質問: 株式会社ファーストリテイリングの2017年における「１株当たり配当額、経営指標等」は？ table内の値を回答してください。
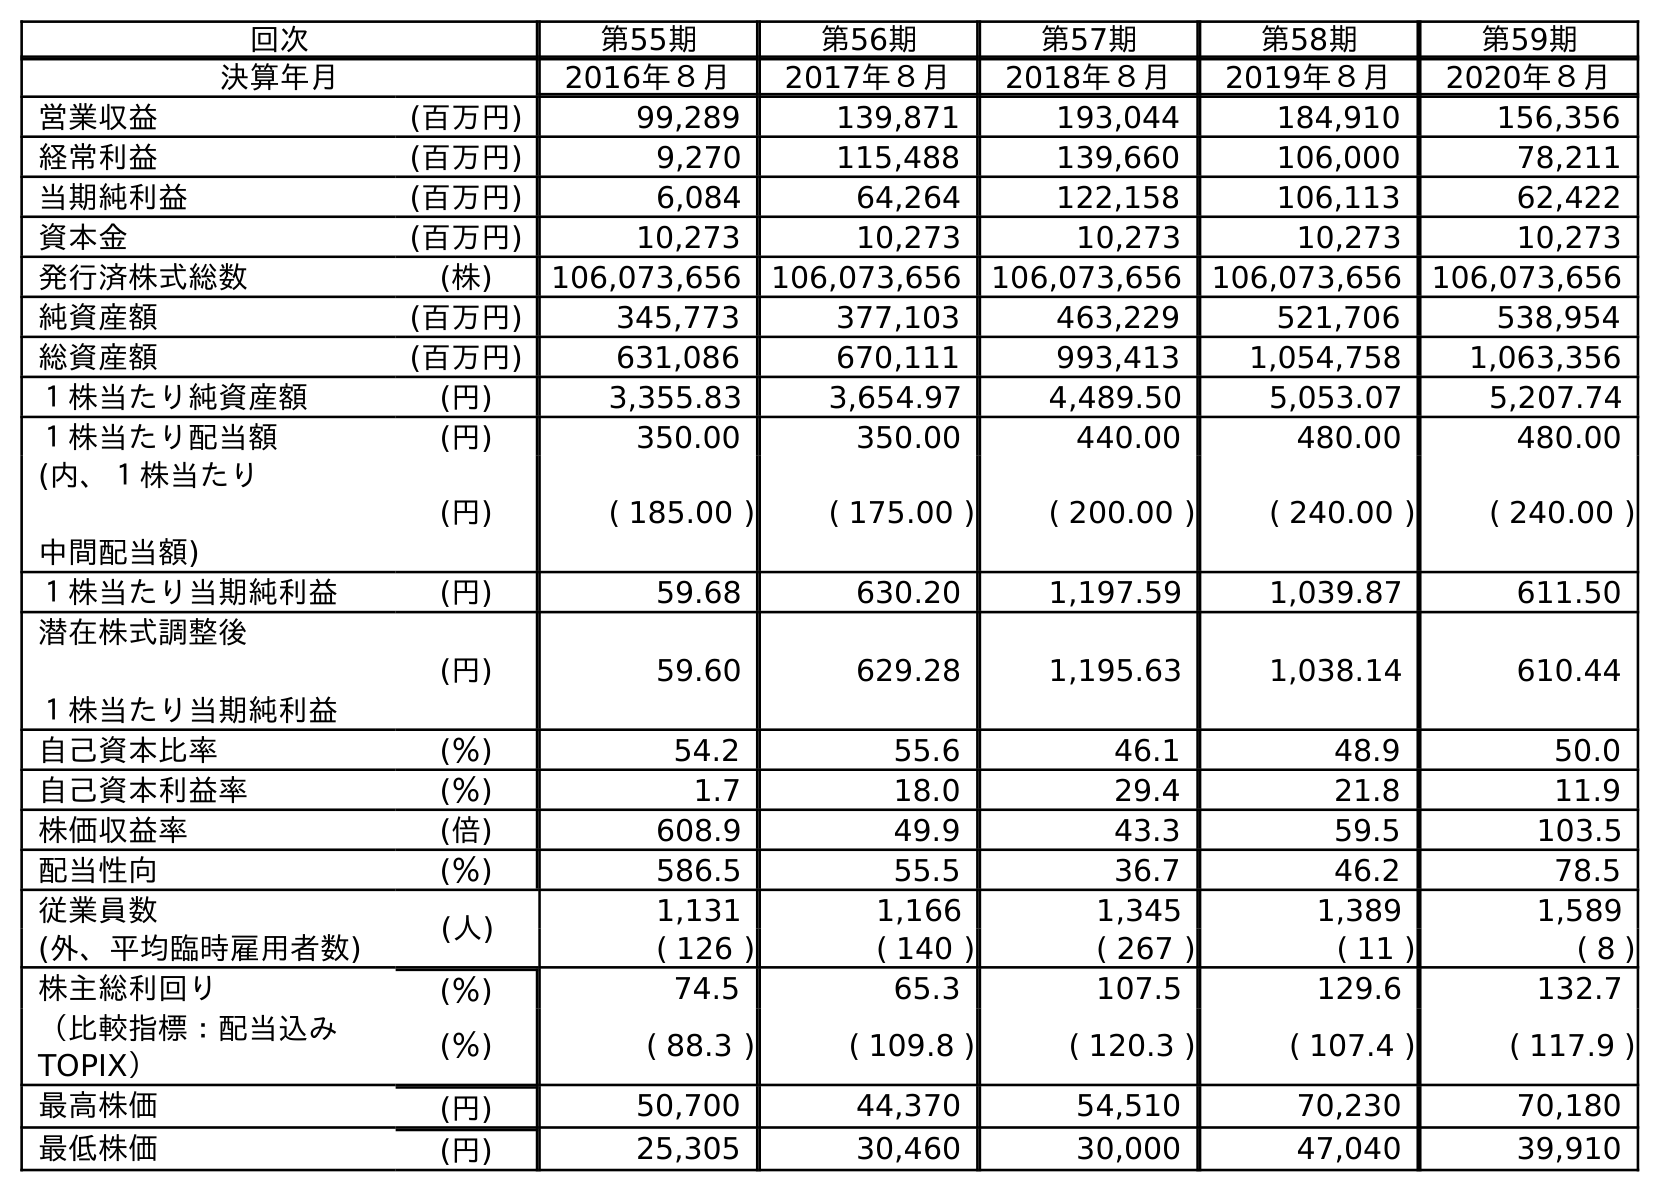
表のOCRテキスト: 回次 第55期 第56期 第57期 第58期 第59期 決算年月 2016年８月 2017年８月 2018年８月 2019年８月 2020年８月 営業収益 (百万円) 99,289 139,871 193,044 184,910 156,356 経常利益 (百万円) 9,270 115,488 139,660 106,000 78,211 当期純利益 (百万円) 6,084 64,264 122,158 106,113 62,422 資本金 (百万円) 10,273 10,273 10,273 10,273 10,273 発行済株式総数 (株) 106,073,656 106,073,656 106,073,656 106,073,656 106,073,656 純資産額 (百万円) 345,773 377,103 463,229 521,706 538,954 総資産額 (百万円) 631,086 670,111 993,413 1,054,758 1,063,356 １株当たり純資産額 (円) 3,355.83 3,654.97 4,489.50 5,053.07 5,207.74 １株当たり配当額 (円) 350.00 350.00 440.00 480.00 480.00 (内、１株当たり 中間配当額) (円) ( 185.00 ) ( 175.00 ) ( 200.00 ) ( 240.00 ) ( 240.00 ) １株当たり当期純利益 (円) 59.68 630.20 1,197.59 1,039.87 611.50 潜在株式調整後 １株当たり当期純利益 (円) 59.60 629.28 1,195.63 1,038.14 610.44 自己資本比率 (％) 54.2 55.6 46.1 48.9 50.0 自己資本利益率 (％) 1.7 18.0 29.4 21.8 11.9 株価収益率 (倍) 608.9 49.9 43.3 59.5 103.5 配当性向 (％) 586.5 55.5 36.7 46.2 78.5 従業員数 (人) 1,131 1,166 1,345 1,389 1,589 (外、平均臨時雇用者数) ( 126 ) ( 140 ) ( 267 ) ( 11 ) ( 8 ) 株主総利回り (％) 74.5 65.3 107.5 129.6 132.7 （比較指標：配当込み TOPIX） (％) ( 88.3 ) ( 109.8 ) ( 120.3 ) ( 107.4 ) ( 117.9 ) 最高株価 (円) 50,700 44,370 54,510 70,230 70,180 最低株価 (円) 25,305 30,460 30,000 47,040 39,910
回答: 350.00